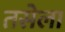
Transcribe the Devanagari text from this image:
तसेला